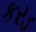
કરડ